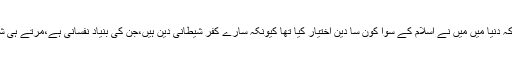
۱۰؎ یعنی اسے یہ بھی یاد نہ رہا کہ دنیا میں میں نے اسلام کے سوا کون سا دین اختیار کیا تھا کیونکہ سارے کفر شیطانی دین ہیں،جن کی بنیاد نفسانی ہے،مرتے ہی شیطان ساتھ چھوڑ گیا نفس ٹوٹ گیا۔